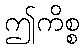
ဤကိစ္စ